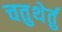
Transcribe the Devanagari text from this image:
चतुथेर्तु